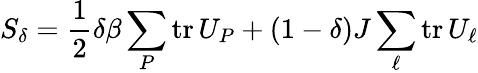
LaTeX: S_{\delta}=\frac{1}{2}\delta\beta\sum_{P}\mathrm{tr}\, U_{P}+(1-\delta)J\sum_{\ell}\mathrm{tr}\, U_{\ell}